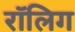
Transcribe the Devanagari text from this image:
रॉलिग